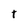
Character: t